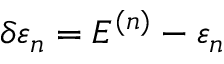
\delta \varepsilon _ { n } = E ^ { ( n ) } - \varepsilon _ { n }